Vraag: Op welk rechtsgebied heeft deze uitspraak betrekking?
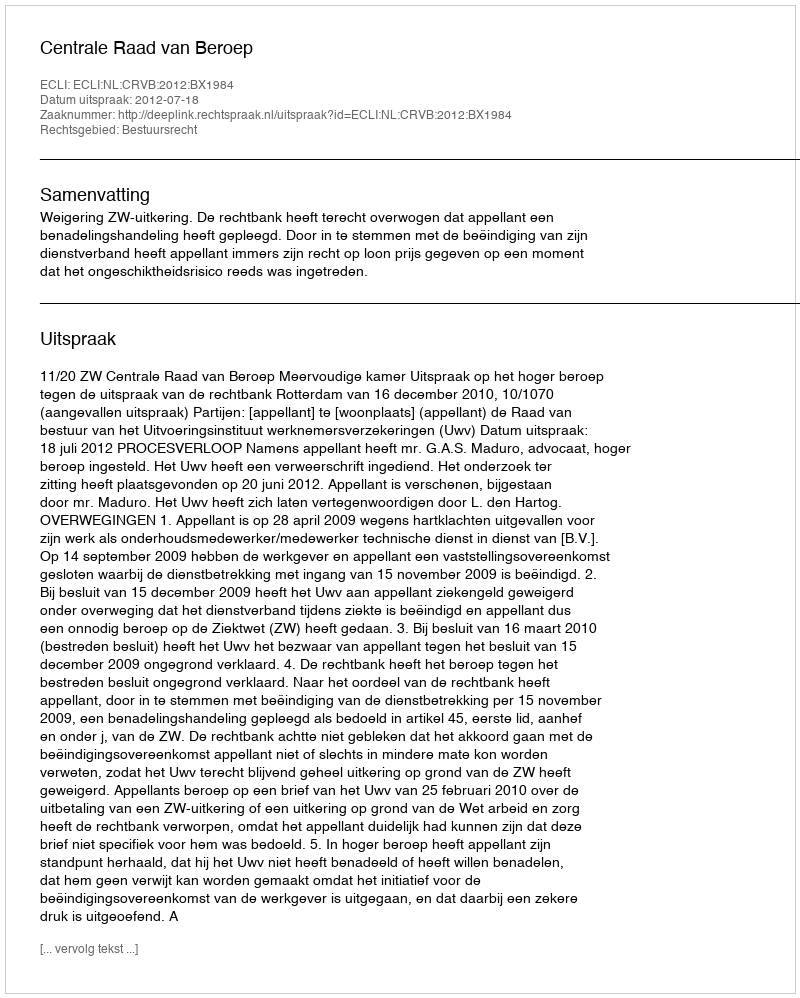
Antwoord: Bestuursrecht